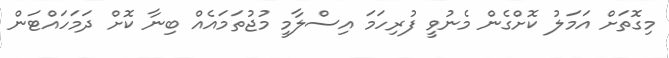
މިގޮތަށް އަމަލު ކޮށްގެން މެނުވީ ފުރިހަމަ އިސްލާމީ މުޖުތަމައެއް ބިނާ ކޮށް ދަމަހައްޓަން